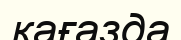
кағазда